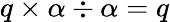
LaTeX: q\times\alpha\div\alpha=q